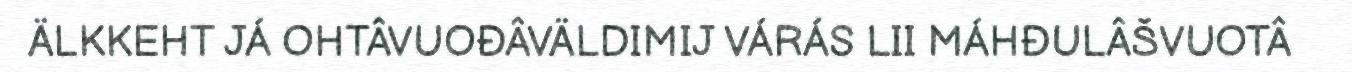
ÄLKKEHT JÁ OHTÂVUOĐÂVÄLDIMIJ VÁRÁS LII MÁHĐULÂŠVUOTÂ